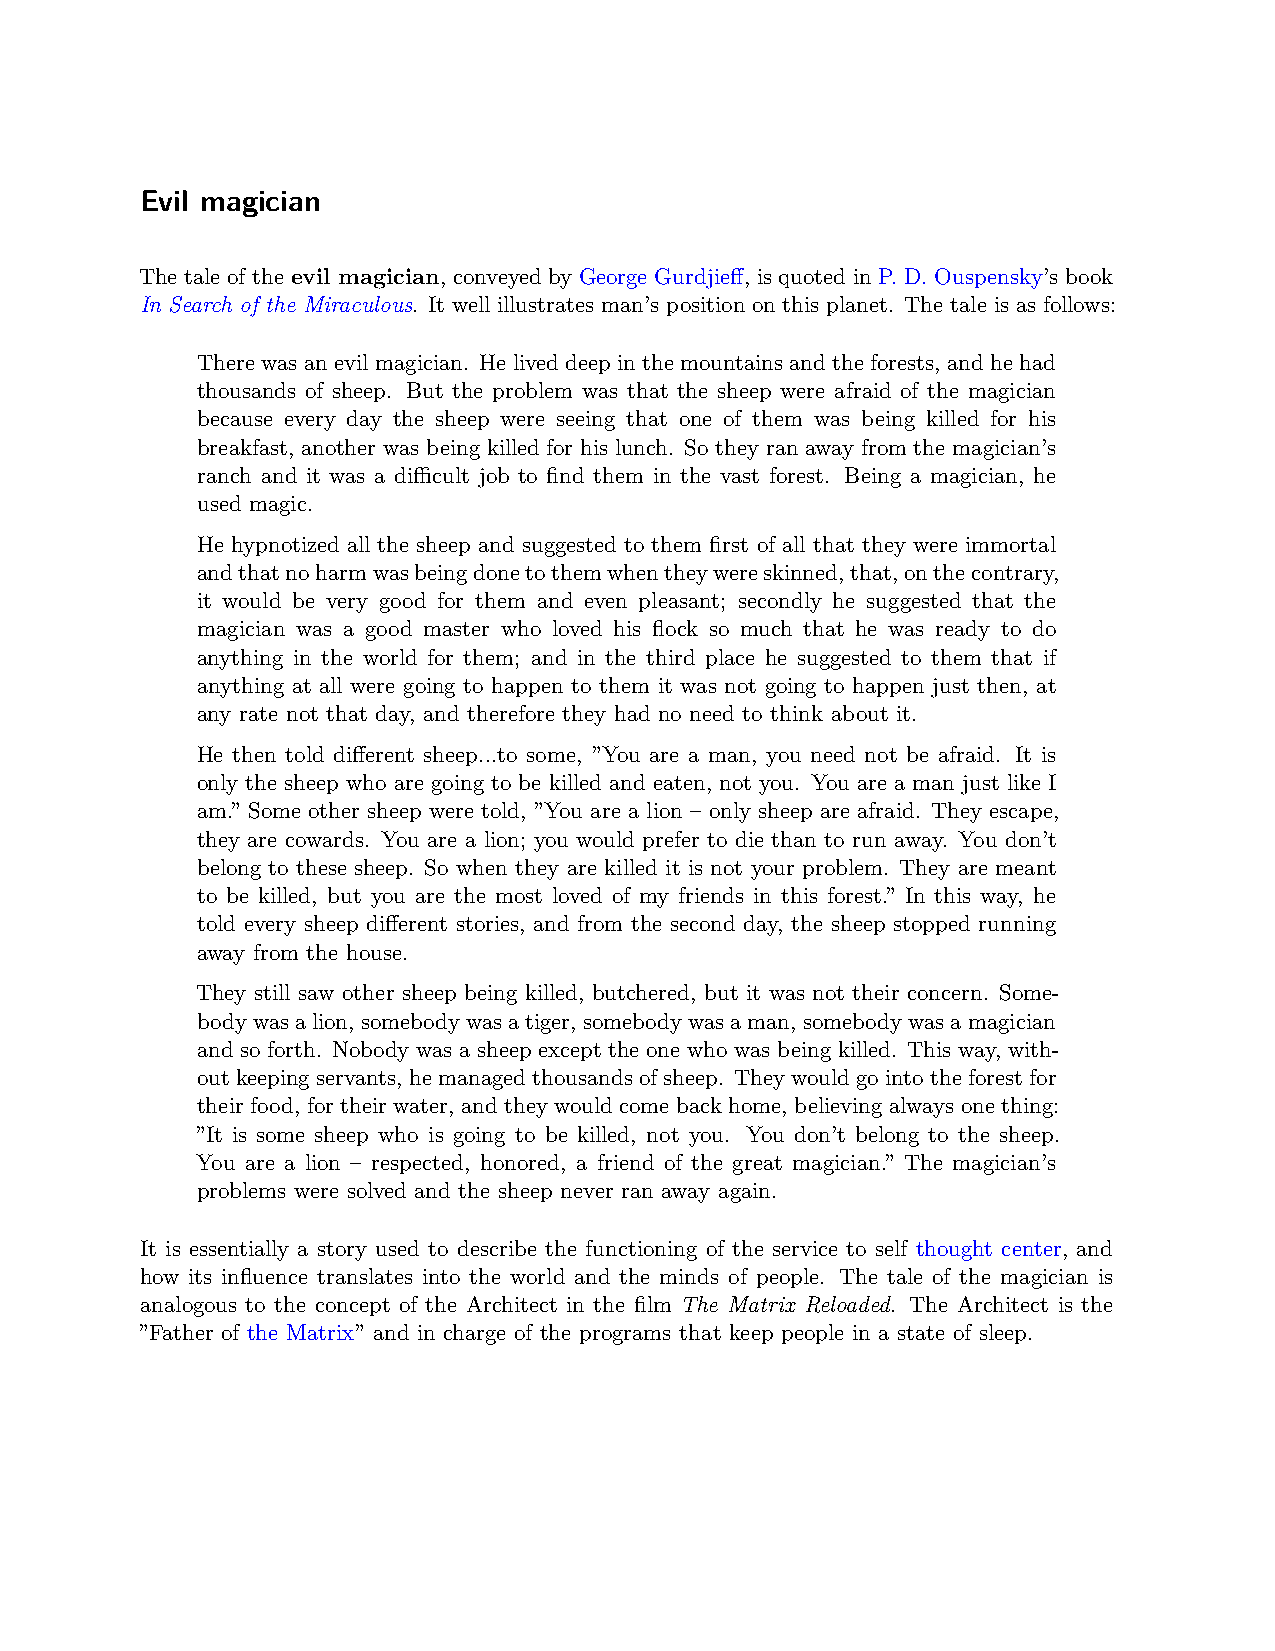
Evil magician
 The tale of the evil magician, conveyed by George Gurdjieff, is quoted in P. D. Ouspensky’s book
 In Search of the Miraculous. It well illustrates man’s position on this planet. The tale is as follows:
 There was an evil magician. He lived deep in the mountains and the forests, and he had
 thousands of sheep. But the problem was that the sheep were afraid of the magician
 because every day the sheep were seeing that one of them was being killed for his
 breakfast, another was being killed for his lunch. So they ran away from the magician’s
 ranch and it was a diﬀicult job to find them in the vast forest. Being a magician, he
 used magic.
 He hypnotized all the sheep and suggested to them first of all that they were immortal
 andthatnoharmwasbeingdonetothemwhentheywereskinned,that,onthecontrary,
 it would be very good for them and even pleasant; secondly he suggested that the
 magician was a good master who loved his flock so much that he was ready to do
 anything in the world for them; and in the third place he suggested to them that if
 anything at all were going to happen to them it was not going to happen just then, at
 any rate not that day, and therefore they had no need to think about it.
 He then told different sheep...to some, ”You are a man, you need not be afraid. It is
 only the sheep who are going to be killed and eaten, not you. You are a man just like I
 am.” Some other sheep were told, ”You are a lion – only sheep are afraid. They escape,
 they are cowards. You are a lion; you would prefer to die than to run away. You don’t
 belong to these sheep. So when they are killed it is not your problem. They are meant
 to be killed, but you are the most loved of my friends in this forest.” In this way, he
 told every sheep different stories, and from the second day, the sheep stopped running
 away from the house.
 They still saw other sheep being killed, butchered, but it was not their concern. Some-
 bodywasalion,somebodywasatiger,somebodywasaman,somebodywasamagician
 and so forth. Nobody was a sheep except the one who was being killed. This way, with-
 outkeepingservants, hemanagedthousandsofsheep. Theywouldgointotheforestfor
 their food, for their water, and they would come back home, believing always one thing:
 ”It is some sheep who is going to be killed, not you. You don’t belong to the sheep.
 You are a lion – respected, honored, a friend of the great magician.” The magician’s
 problems were solved and the sheep never ran away again.
 It is essentially a story used to describe the functioning of the service to self thought center, and
 how its influence translates into the world and the minds of people. The tale of the magician is
 analogous to the concept of the Architect in the film The Matrix Reloaded. The Architect is the
 ”Father of the Matrix” and in charge of the programs that keep people in a state of sleep.